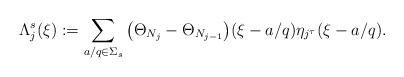
LaTeX: \begin{align*} \Lambda_j^s(\xi):= \sum_{a/q \in \Sigma_s} \big(\Theta_{N_j} - \Theta_{N_{j-1}}\big)(\xi - a/q)\eta_{j^\tau}(\xi-a/q).\end{align*}